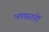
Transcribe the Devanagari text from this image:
प्लास्टरों